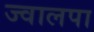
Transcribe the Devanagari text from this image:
ज्वालपा